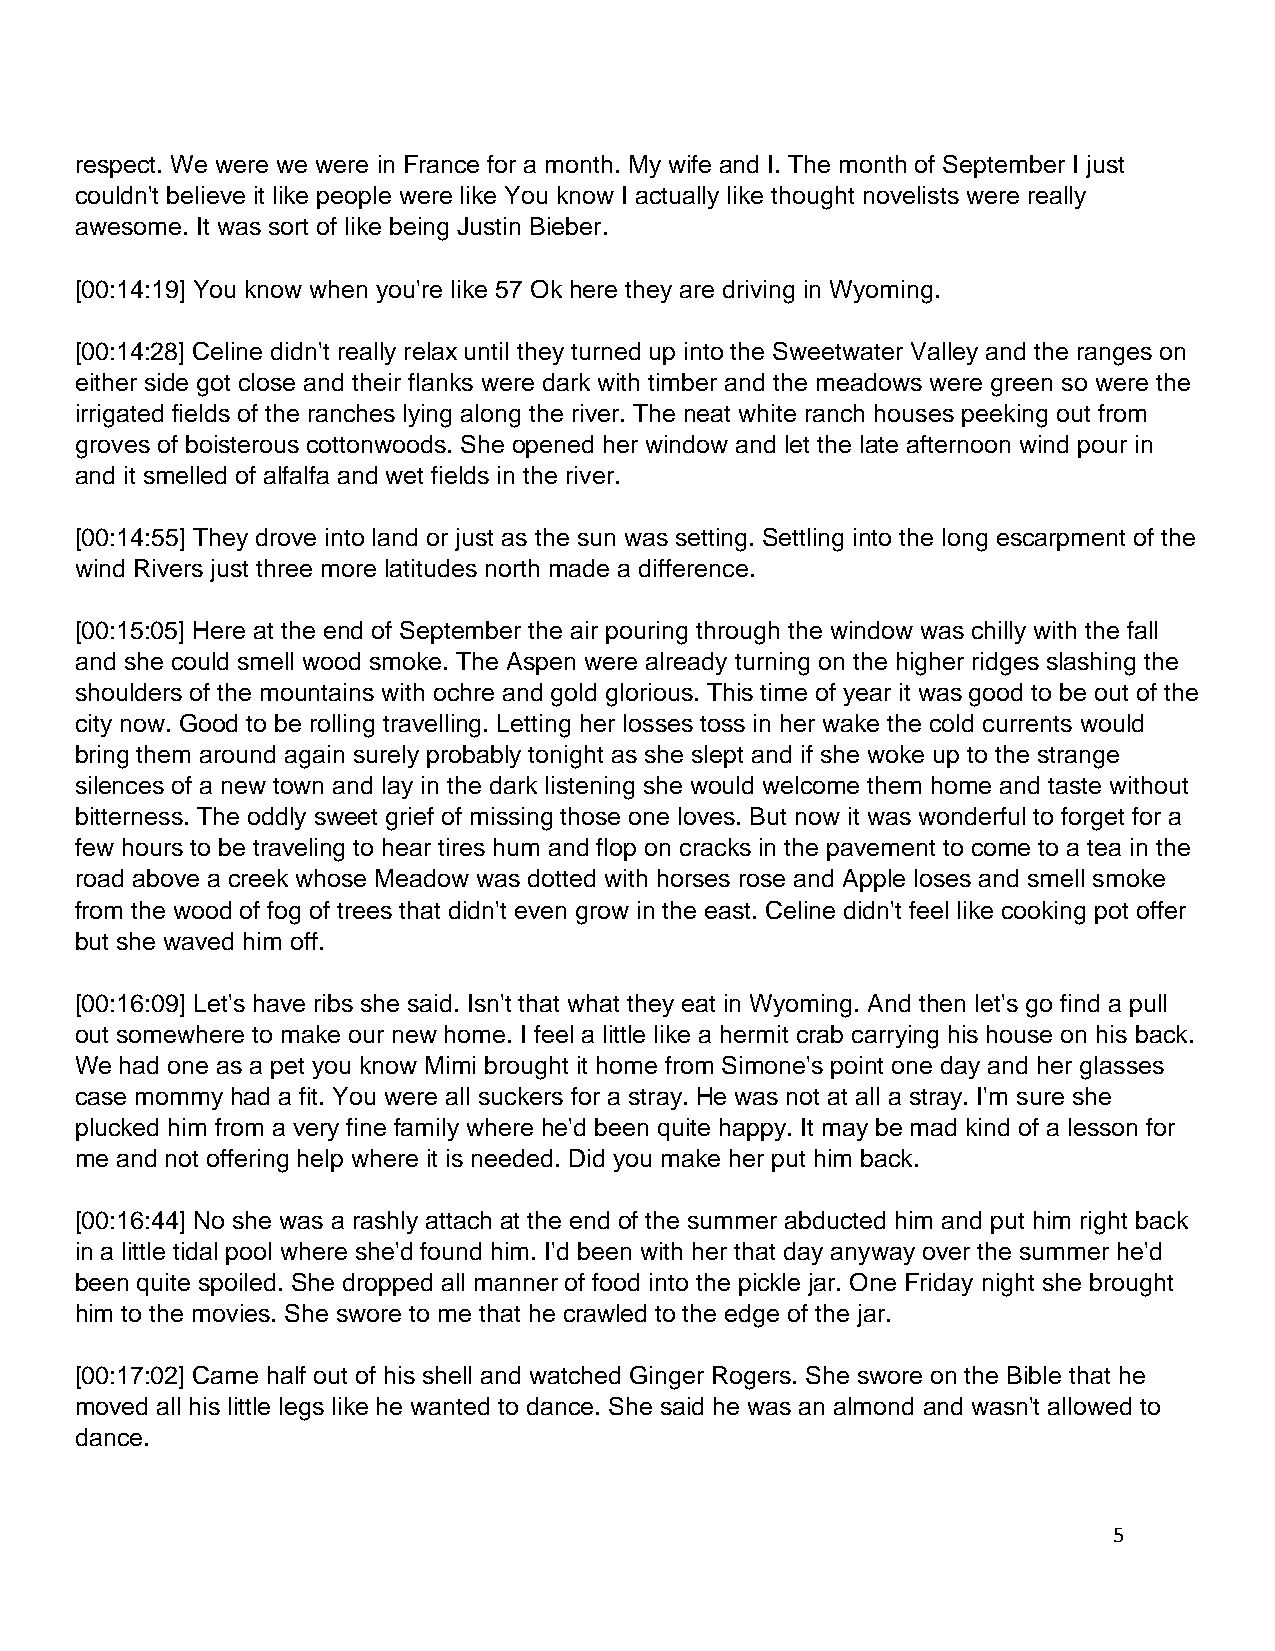
respect. We were we were in France for a month. My wife and I. The month of September I just
 couldn't believe it like people were like You know I actually like thought novelists were really
 awesome. It was sort of like being Justin Bieber.
 [00:14:19] You know when you're like 57 Ok here they are driving in Wyoming.
 [00:14:28] Celine didn't really relax until they turned up into the Sweetwater Valley and the ranges on
 either side got close and their flanks were dark with timber and the meadows were green so were the
 irrigated fields of the ranches lying along the river. The neat white ranch houses peeking out from
 groves of boisterous cottonwoods. She opened her window and let the late afternoon wind pour in
 and it smelled of alfalfa and wet fields in the river.
 [00:14:55] They drove into land or just as the sun was setting. Settling into the long escarpment of the
 wind Rivers just three more latitudes north made a difference.
 [00:15:05] Here at the end of September the air pouring through the window was chilly with the fall
 and she could smell wood smoke. The Aspen were already turning on the higher ridges slashing the
 shoulders of the mountains with ochre and gold glorious. This time of year it was good to be out of the
 city now. Good to be rolling travelling. Letting her losses toss in her wake the cold currents would
 bring them around again surely probably tonight as she slept and if she woke up to the strange
 silences of a new town and lay in the dark listening she would welcome them home and taste without
 bitterness. The oddly sweet grief of missing those one loves. But now it was wonderful to forget for a
 few hours to be traveling to hear tires hum and flop on cracks in the pavement to come to a tea in the
 road above a creek whose Meadow was dotted with horses rose and Apple loses and smell smoke
 from the wood of fog of trees that didn't even grow in the east. Celine didn't feel like cooking pot offer
 but she waved him off.
 [00:16:09] Let's have ribs she said. Isn't that what they eat in Wyoming. And then let's go find a pull
 out somewhere to make our new home. I feel a little like a hermit crab carrying his house on his back.
 We had one as a pet you know Mimi brought it home from Simone's point one day and her glasses
 case mommy had a fit. You were all suckers for a stray. He was not at all a stray. I'm sure she
 plucked him from a very fine family where he'd been quite happy. It may be mad kind of a lesson for
 me and not offering help where it is needed. Did you make her put him back.
 [00:16:44] No she was a rashly attach at the end of the summer abducted him and put him right back
 in a little tidal pool where she'd found him. I'd been with her that day anyway over the summer he'd
 been quite spoiled. She dropped all manner of food into the pickle jar. One Friday night she brought
 him to the movies. She swore to me that he crawled to the edge of the jar.
 [00:17:02] Came half out of his shell and watched Ginger Rogers. She swore on the Bible that he
 moved all his little legs like he wanted to dance. She said he was an almond and wasn't allowed to
 dance.
 5